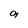
Character: a